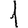
Digit: 1